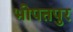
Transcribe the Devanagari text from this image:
भोपतपुर